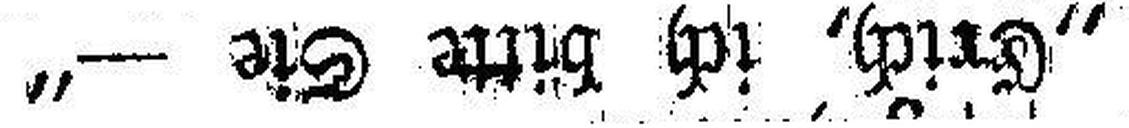
„Erich, ich bitte Sie —“